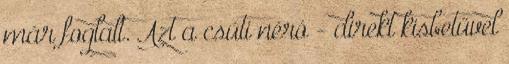
már foglalt. Azt a csúti néró - direkt kisbetűvel